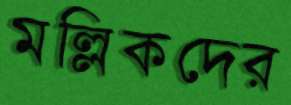
মল্লিকদের